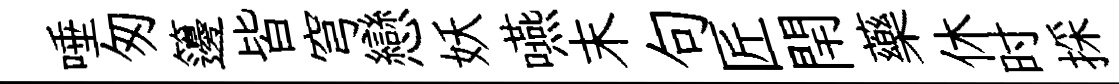
唾匆籩皆穹戀妖嚥末句匠閈藥休时採